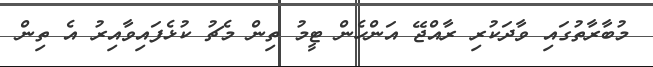
މުބާރާތުގައި ވާދަކުރި ރާއްޖޭ އަންހެން ޓީމު ތިން މެޗު ކުޅެފައިވާއިރު އެ ތިން